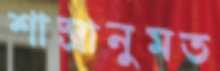
শাস্ত্রানুমত